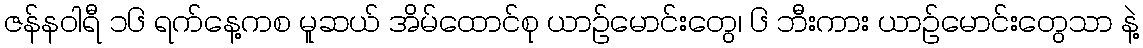
ဇန်နဝါရီ ၁၆ ရက်နေ့ကစ မူဆယ် အိမ်ထောင်စု ယာဉ်မောင်းတွေ၊ ၆ ဘီးကား ယာဉ်မောင်းတွေသာ နဲ့